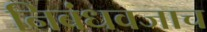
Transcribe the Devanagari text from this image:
निबंधवजाच